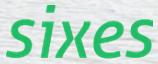
sixes